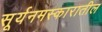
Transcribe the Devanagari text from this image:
सूर्यनमस्कारातील